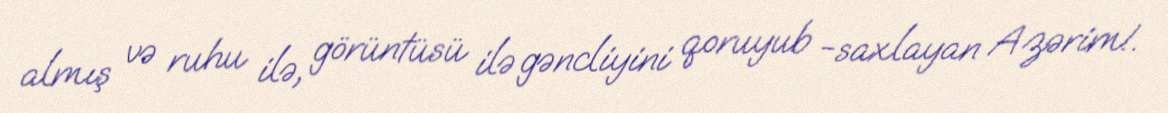
almış və ruhu ilə, görüntüsü ilə gəncliyini qoruyub -saxlayan Azərim!.